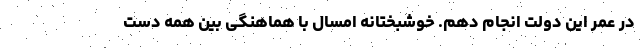
در عمر این دولت انجام دهم. خوشبختانه امسال با هماهنگی بین همه دست